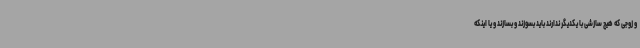
و زوجی که هیچ سازشی با یکدیگر ندارند باید بسوزند و بسازند و یا اینکه